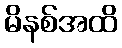
မိနစ်အထိ